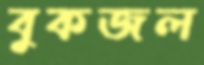
বুকজল